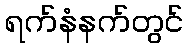
ရက်နံနက်တွင်